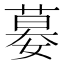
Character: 𡠜